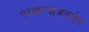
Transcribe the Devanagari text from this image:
परवान्याअंतर्गत